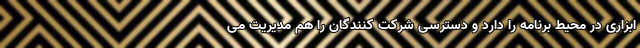
ابزاری در محیط برنامه را دارد و دسترسی شرکت کنندگان را هم مدیریت می